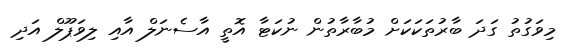
މިވަގުތު ގަދަ ބާރުތަކަކަށް މުބާރާތުން ނުކަޓާ އޮތީ އާސެނަލް އާއި ލިވަޕޫލް އަދި